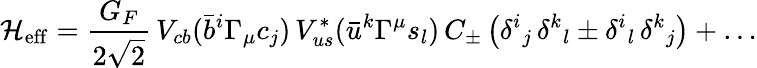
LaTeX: {\cal H}_{\mathrm{eff}}=\frac{G_{F}}{2\sqrt{2}}\, V_{cb}(\bar{b}^{i}\Gamma_{\mu}c_{j})\, V_{us}^{*}(\bar{u}^{k}\Gamma^{\mu}s_{l})\, C_{\pm}\left({\delta^{i}}_{j}\, {\delta^{k}}_{l}\pm{\delta^{i}}_{l}\, {\delta^{k}}_{j}\right)+\ldots